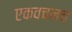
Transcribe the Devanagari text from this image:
एकवचनच